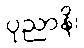
ပုညာနိ၊